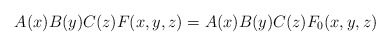
\begin{align*}A(x)B(y)C(z)F(x,y,z) = A(x)B(y)C(z)F_0(x,y,z)\end{align*}